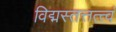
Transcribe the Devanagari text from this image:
विद्मस्तत्तत्त्वं